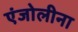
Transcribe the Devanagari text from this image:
एंजोलीना